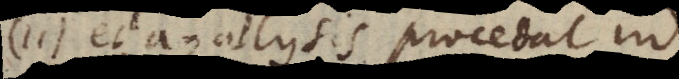
11) et analysis procedat in